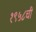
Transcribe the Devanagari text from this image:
१९५८ची